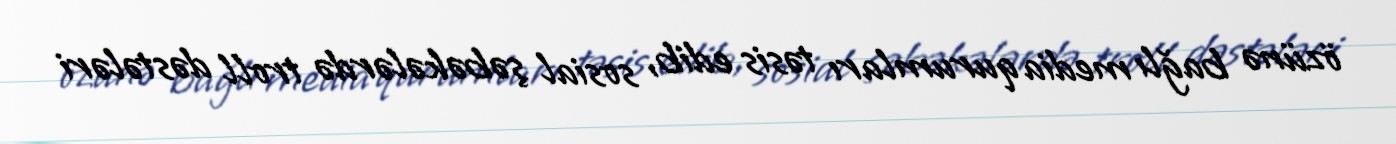
özünə bağlı media qurumları təsis edib, sosial şəbəkələrdə troll dəstələri